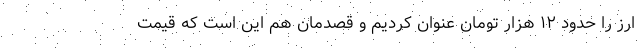
ارز را حدود ۱۲ هزار تومان عنوان کردیم و قصدمان هم این است که قیمت